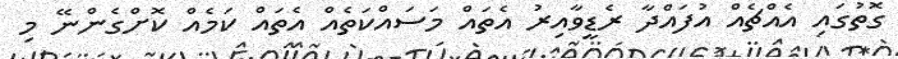
ގޮތުގައި އެއްޗެއް އުފައްދާ ރެޑީވާއިރު އެތައް މަސައްކަތެއް އެތައް ކަމެއް ކޮށްގެންނޭ މި